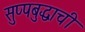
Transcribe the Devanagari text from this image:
सुप्पबुद्धाची